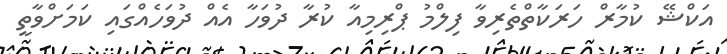
އަކްޝޭ ކުމާރް ހަރަކާތްތެރިވާ ފިލްމު ޕްރިމިއާ ކުރާ ދުވަހާ އެއް ދުވަހެއްގައި ކަމަށްވާތީ